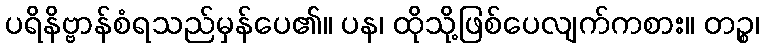
ပရိနိဗ္ဗာန်စံရသည်မှန်ပေ၏။ ပန၊ ထိုသို့ဖြစ်ပေလျက်ကစား။ တဉ္စ၊